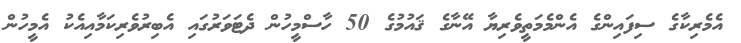
އެމެރިކާގެ ސިފައިންގެ އެންމެމަތީވެރިޔާ އޭނާގެ ޤައުމުގެ 50 ހާސްމީހުން ދެޓަވަރުގައި އެބިރުވެރިކަމާއިއެކު އެމީހުން